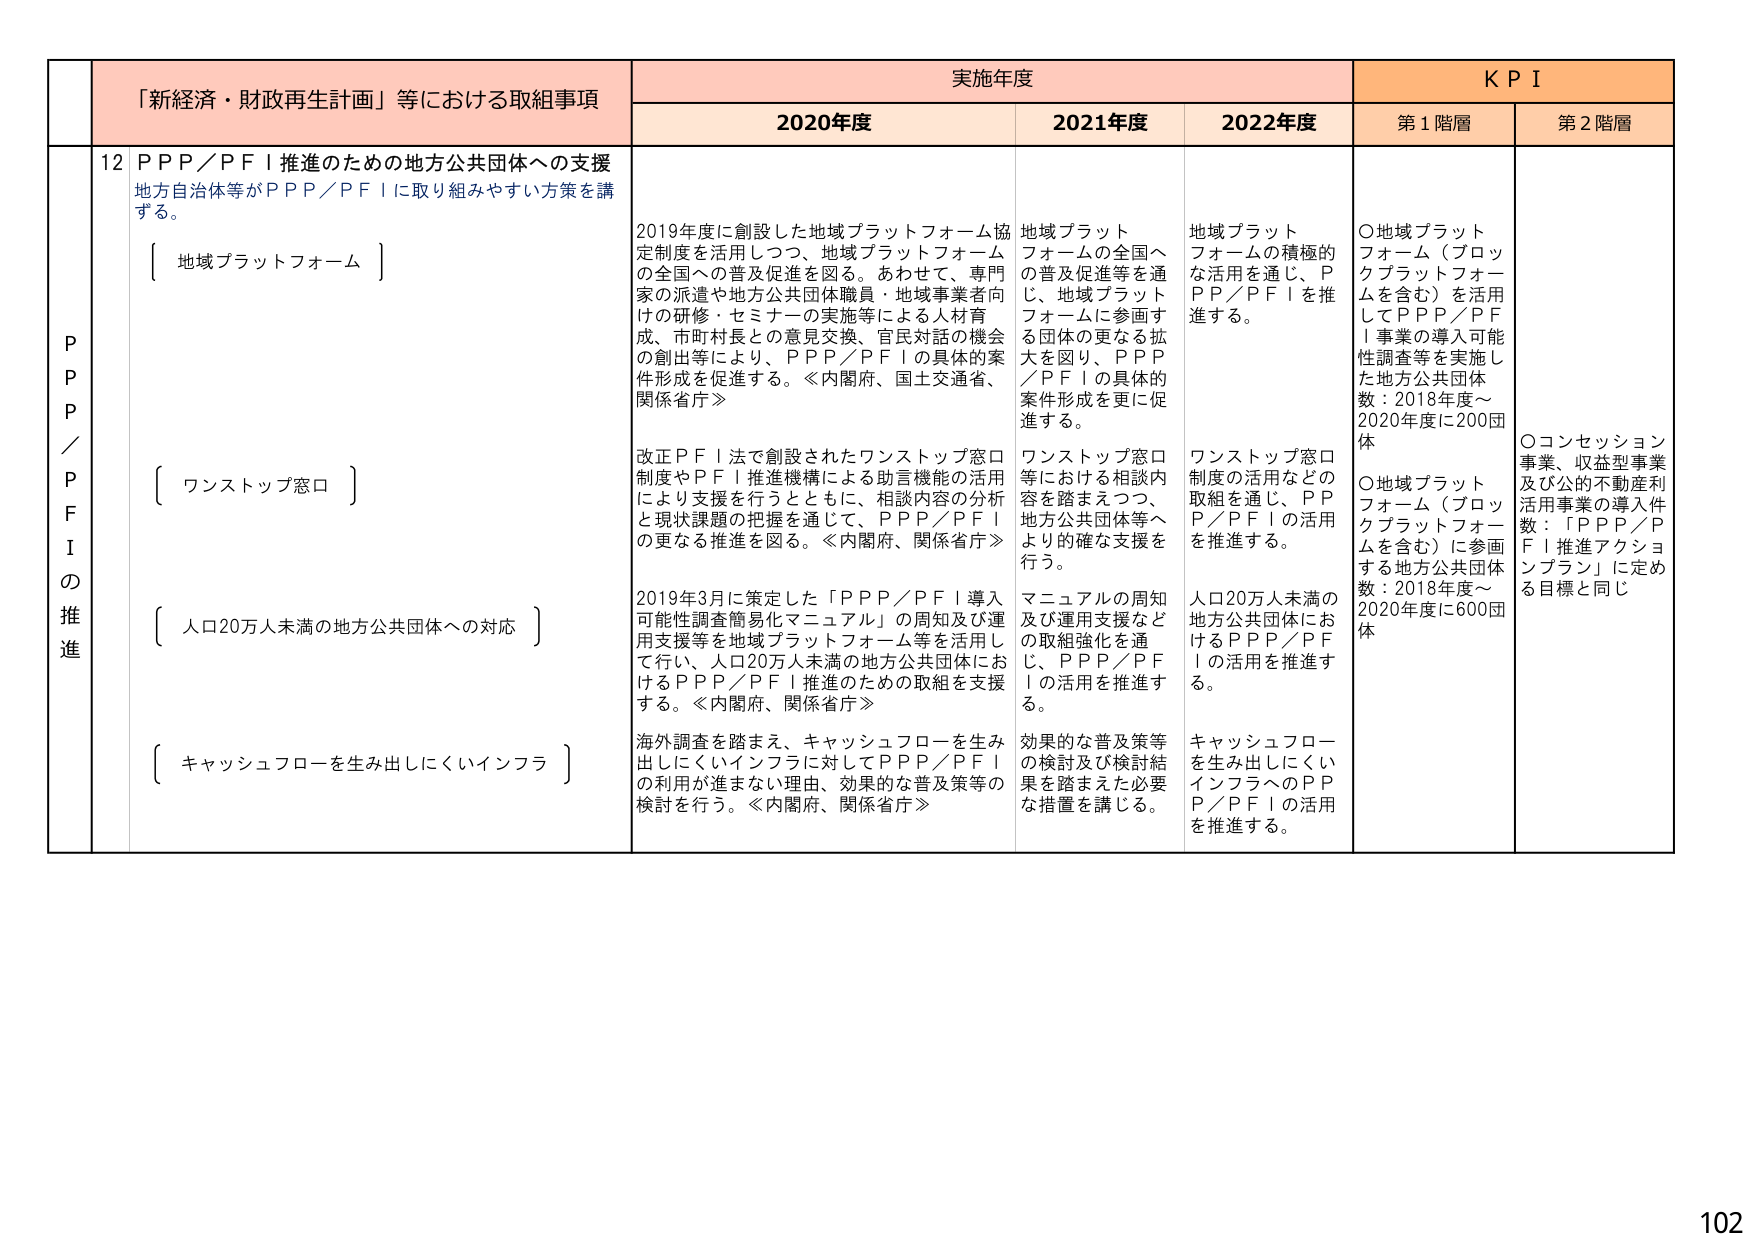
P P P / P F I の 推 進
「新経済・財政再生計画」等における取組事項
実施年度
K P I
2020年度
2021年度
2022年度
第1階層
第2階層
12 P P P / P F I 推進のための地方公共団体への支援
地方自治体等がP P P / P F Iに取り組みやすい方策を講ずる。
〔 地域プラットフォーム 〕
2019年度に創設した地域プラットフォーム協定制度を活用しつつ、地域プラットフォームの全国への普及促進を図る。あわせて、専門家の派遣や地方公共団体職員・地域事業者向けの研修・セミナーの実施等による人材育成、市町村長との意見交換、官民対話の機会の創出等により、P P P / P F Iの具体的案件形成を促進する。≪内閣府、国土交通省、関係省庁≫
地域プラットフォームの全国への普及促進等を通じ、地域プラットフォームに参画する団体の更なる拡大を図り、P P P / P F Iの具体的案件形成を更に促進する。
地域プラットフォームの積極的な活用を通じ、P P P / P F Iを推進する。
〇地域プラットフォーム（ブロックプラットフォームを含む）を活用してP P P / P F I事業の導入可能性調査等を実施した地方公共団体数：2018年度～2020年度に200団体
〇コンセッション事業、収益型事業及び公的不動産利活用事業の導入件数：「P P P / P F I推進アクションプラン」に定める目標と同じ
〔 ワンストップ窓口 〕
改正P F I法で創設されたワンストップ窓口制度やP F I推進機構による助言機能の活用により支援を行うとともに、相談内容の分析と現状課題の把握を通じて、P P P / P F Iの更なる推進を図る。≪内閣府、関係省庁≫
ワンストップ窓口等における相談内容を踏まえつつ、地方公共団体等へより的確な支援を行う。
ワンストップ窓口制度の活用などの取組を通じ、P P P / P F Iの活用を推進する。
〔 人口20万人未満の地方公共団体への対応 〕
2019年3月に策定した「P P P / P F I導入可能性調査簡易化マニュアル」の周知及び運用支援等を地域プラットフォーム等を活用して行い、人口20万人未満の地方公共団体におけるP P P / P F I推進のための取組を支援する。≪内閣府、関係省庁≫
マニュアルの周知及び運用支援などの取組強化を通じ、P P P / P F Iの活用を推進する。
人口20万人未満の地方公共団体におけるP P P / P F Iの活用を推進する。
〔 キャッシュフローを生み出しにくいインフラ 〕
海外調査を踏まえ、キャッシュフローを生み出しにくいインフラに対してP P P / P F Iの利用が進まない理由、効果的な普及策等の検討を行う。≪内閣府、関係省庁≫
効果的な普及策等の検討及び検討結果を踏まえた必要な措置を講じる。
キャッシュフローを生み出しにくいインフラへのP P P / P F Iの活用を推進する。
102